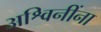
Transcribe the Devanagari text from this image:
अश्विनींना